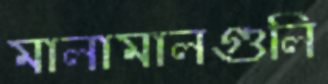
মালামালগুলি